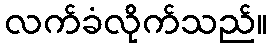
လက်ခံလိုက်သည်။